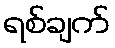
ရစ်ချက်